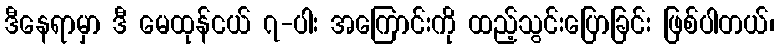
ဒီနေရာမှာ ဒီ မေထုန်ငယ် ၇-ပါး အကြောင်းကို ထည့်သွင်းပြောခြင်း ဖြစ်ပါတယ်၊